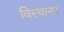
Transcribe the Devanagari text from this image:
विस्थानप